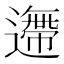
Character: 𨗼